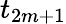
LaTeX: t_{2m+1}